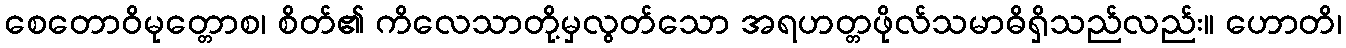
စေတောဝိမုတ္တောစ၊ စိတ်၏ ကိလေသာတို့မှလွတ်သော အရဟတ္တဖိုလ်သမာဓိရှိသည်လည်း။ ဟောတိ၊